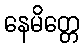
နေမိတ္တေ